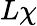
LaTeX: L\chi